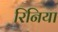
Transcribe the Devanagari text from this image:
रिनिया